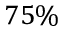
7 5 \%